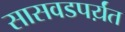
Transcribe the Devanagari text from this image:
सासवडपर्य़ंत